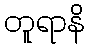
တူရာနိ